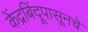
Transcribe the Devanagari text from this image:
केंद्रबिंदूपासूनचे